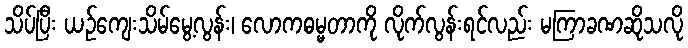
သိပ်ပြီး ယဉ်ကျေးသိမ်မွေ့လွန်း၊ လောကဓမ္မတာကို လိုက်လွန်းရင်လည်း မကြာခဏဆိုသလို